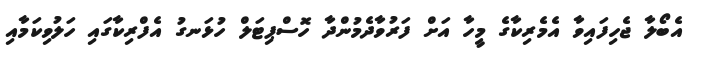
އެބޯލާ ޖެހިފައިވާ އެމެރިކާގެ މީހާ އަށް ފަރުވާދެމުންދާ ހޮސްޕިޓަލް ހުޅަނގު އެފްރިކާގައި ހަލުވިކަމާއި